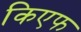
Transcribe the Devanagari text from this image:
किएफ